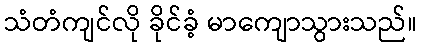
သံတံကျင်လို ခိုင်ခံ့ မာကျောသွားသည်။